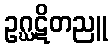
ဥဂ္ဃဋိတညူ